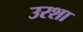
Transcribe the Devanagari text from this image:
उरशा